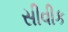
સીવીક